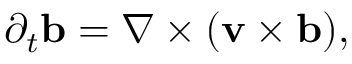
\partial _ { t } { \mathbf { b } } = \nabla \times ( { \mathbf { v } } \times { \mathbf { b } } ) ,